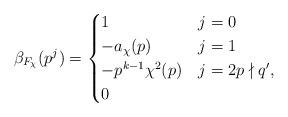
LaTeX: \begin{align*}\beta_{F_\chi}(p^j) = \begin{cases}1 & j=0 \\-a_\chi(p) & j=1 \\-p^{k-1}\chi^2(p)& j=2 p\nmid q', \\0 & \end{cases}\end{align*}